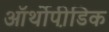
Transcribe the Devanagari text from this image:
ऑर्थोपी़डिक